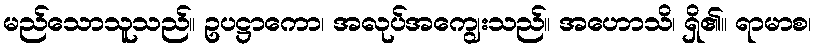
မည်သောသူသည်။ ဥပဋ္ဌာကော၊ အလုပ်အကျွေးသည်။ အဟောသိ၊ ရှိ၏။ ရာမာစ၊